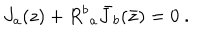
J _ { a } ( z ) + { R ^ { b } } _ { a } { \bar { J } } _ { b } ( \bar { z } ) = 0 ~ .